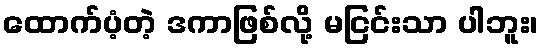
ထောက်ပံ့တဲ့ ဒကာဖြစ်လို့ မငြင်းသာ ပါဘူး၊